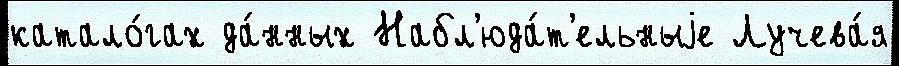
катало́гах да́нных Набл'юда́т'ельныjе Лучева́я